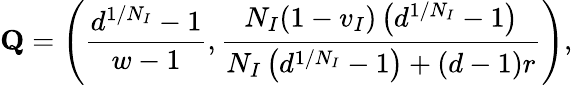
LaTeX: \mathbf{Q}=\left(\frac{d^{1/N_{I}}-1}{w-1},\frac{N_{I}(1-v_{I})\left(d^{1/N_{I}}-1\right)}{N_{I}\left(d^{1/N_{I}}-1\right)+(d-1)r}\right),